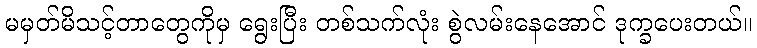
မမှတ်မိသင့်တာတွေကိုမှ ရွေးပြီး တစ်သက်လုံး စွဲလမ်းနေအောင် ဒုက္ခပေးတယ်။